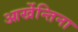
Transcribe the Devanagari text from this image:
आर्खेन्तिना